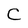
Character: C